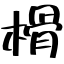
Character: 榾